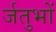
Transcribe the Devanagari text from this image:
र्जतुभों